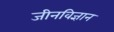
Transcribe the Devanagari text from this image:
जीनविज्ञान